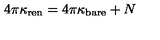
4 \pi \kappa _ { \mathrm { r e n } } = 4 \pi \kappa _ { \mathrm { b a r e } } + N